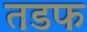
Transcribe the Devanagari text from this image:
तडफ